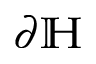
\partial \mathbb { H }